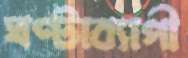
ঘণ্টাব্যাপী